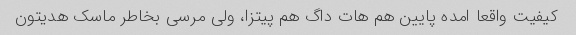
کیفیت واقعا امده پایین هم هات داگ هم پیتزا، ولی مرسی بخاطر ماسک هدیتون